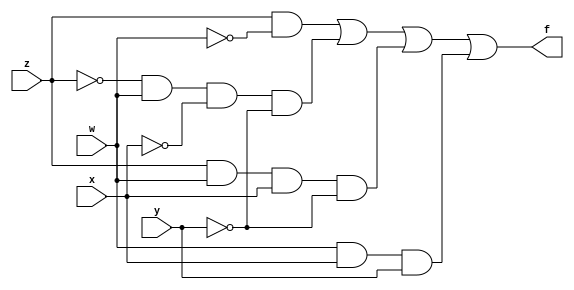
module fun(input w,x,y,z,output f);
assign f=mux(w,x,y,z);
function mux(input w,x,y,z);
begin
mux=(z&~w)|(~z&w&~x&~y)|(1'b0&w&~x&y)|(z&w&x&~y)|(1'b1&w&x&y);
end
endfunction
//wire a,b,c,d,p;
//assign a=z&~w;
//assign b=~z&w&~x&~y;
//assign c=~(w&~x&y);
//assign d=z&w&x&~y;
//assign p=w&x&y;
//assign f=a|b|c|d|p;
endmodule